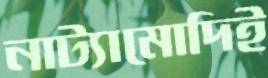
নাট্যামোদিই